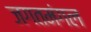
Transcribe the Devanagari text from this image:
जगतमंगल